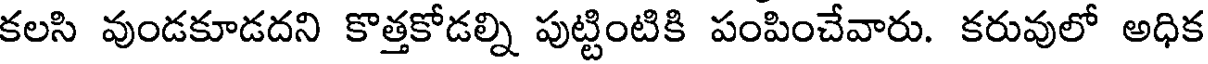
కలసి వుండకూడదని కొత్తకోడల్ని పుట్టింటికి పంపించేవారు. కరువులో అధిక